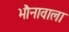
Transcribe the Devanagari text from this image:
भौनावाला